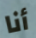
أنا